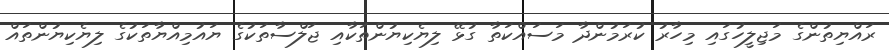
ރައްޔިތުންގެ މަޖިލީހުގައި މިހާރު ކުރަމުންދާ މަސައްކަތާ ގުޅޭ ލިޔެކިޔުންތަކާއި ޖަލްސާތަކުގެ ޔައުމިއްޔާތަކުގެ ލިޔެކިޔުންތައް